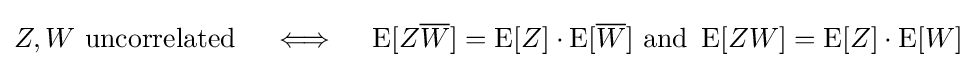
Z,W{\text{ uncorrelated}}\quad \iff \quad \operatorname {E} [Z{\overline {W}}]=\operatorname {E} [Z]\cdot \operatorname {E} [{\overline {W}}]{\text{ and }}\operatorname {E} [ZW]=\operatorname {E} [Z]\cdot \operatorname {E} [W]